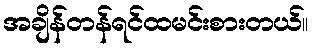
အချိန်တန်ရင်ထမင်းစားတယ်။